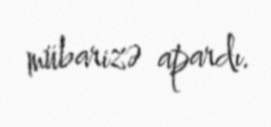
mübarizə apardı.